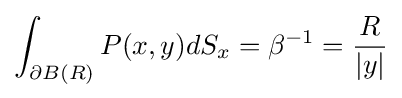
\int _{\partial B(R)}P(x,y)dS_{x}=\beta ^{-1}={\frac {R}{|y|}}